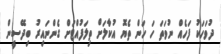
ދުވަހަކު ފަހެއް ނުވަތަ ހަ ހަން ތެޔޮ އުކާލަށް ތިލަފުއްޓަށް ގެންނައިރު ބިދޭސީން